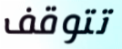
تتوقف